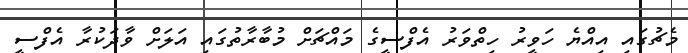
މެޗުގައި އިއްޔެ ހަވީރު ހިތްވަރު އެފްސީގެ މައްޗަށް މުބާރާތުގައި އަލަށް ވާދަކުރާ އެފްސީ